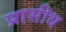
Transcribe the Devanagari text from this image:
प्रासीध